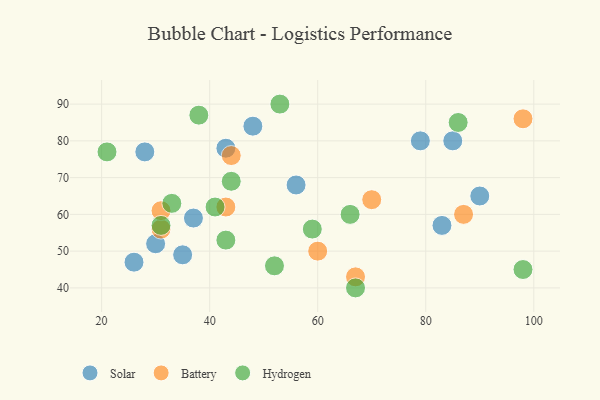
{"axis": {"x": "GDP", "y": "Life Expectancy"}, "legend": ["Battery", "Hydrogen", "Solar"], "data": [{"x": "48", "y": 84, "type": "Solar"}, {"x": "83", "y": 57, "type": "Solar"}, {"x": "43", "y": 78, "type": "Solar"}, {"x": "37", "y": 59, "type": "Solar"}, {"x": "85", "y": 80, "type": "Solar"}, {"x": "35", "y": 49, "type": "Solar"}, {"x": "30", "y": 52, "type": "Solar"}, {"x": "56", "y": 68, "type": "Solar"}, {"x": "26", "y": 47, "type": "Solar"}, {"x": "28", "y": 77, "type": "Solar"}, {"x": "79", "y": 80, "type": "Solar"}, {"x": "90", "y": 65, "type": "Solar"}, {"x": "60", "y": 50, "type": "Battery"}, {"x": "31", "y": 56, "type": "Battery"}, {"x": "87", "y": 60, "type": "Battery"}, {"x": "67", "y": 43, "type": "Battery"}, {"x": "43", "y": 62, "type": "Battery"}, {"x": "44", "y": 76, "type": "Battery"}, {"x": "70", "y": 64, "type": "Battery"}, {"x": "31", "y": 61, "type": "Battery"}, {"x": "98", "y": 86, "type": "Battery"}, {"x": "41", "y": 62, "type": "Hydrogen"}, {"x": "98", "y": 45, "type": "Hydrogen"}, {"x": "53", "y": 90, "type": "Hydrogen"}, {"x": "86", "y": 85, "type": "Hydrogen"}, {"x": "21", "y": 77, "type": "Hydrogen"}, {"x": "43", "y": 53, "type": "Hydrogen"}, {"x": "44", "y": 69, "type": "Hydrogen"}, {"x": "33", "y": 63, "type": "Hydrogen"}, {"x": "31", "y": 57, "type": "Hydrogen"}, {"x": "66", "y": 60, "type": "Hydrogen"}, {"x": "52", "y": 46, "type": "Hydrogen"}, {"x": "38", "y": 87, "type": "Hydrogen"}, {"x": "67", "y": 40, "type": "Hydrogen"}, {"x": "59", "y": 56, "type": "Hydrogen"}]}